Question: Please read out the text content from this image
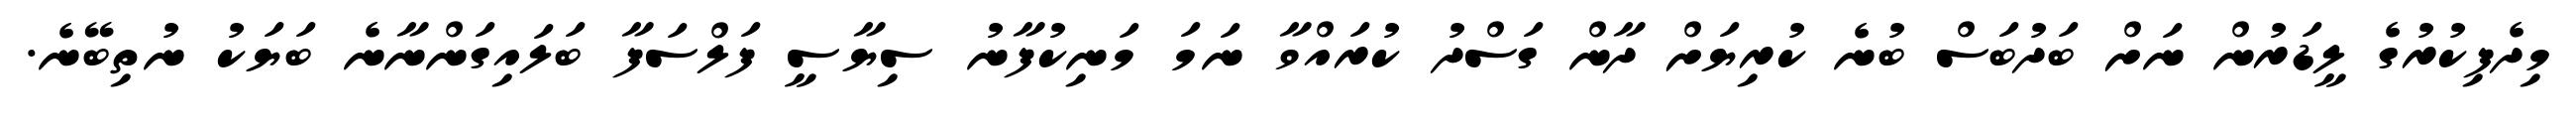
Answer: މިދެފިކުރުގެ ލީޑަރުން ނަށް ބަދުބަސް ބުނެ ކުރިޔަށް ދާން ގަސްދު ކުރައްވާ ނަމަ މަނިކުފާނު ސިޔާސީ ފަލްސަފާ ބަލައިގަންނާނެ ބަޔަކު ނުތިބޭނެ.